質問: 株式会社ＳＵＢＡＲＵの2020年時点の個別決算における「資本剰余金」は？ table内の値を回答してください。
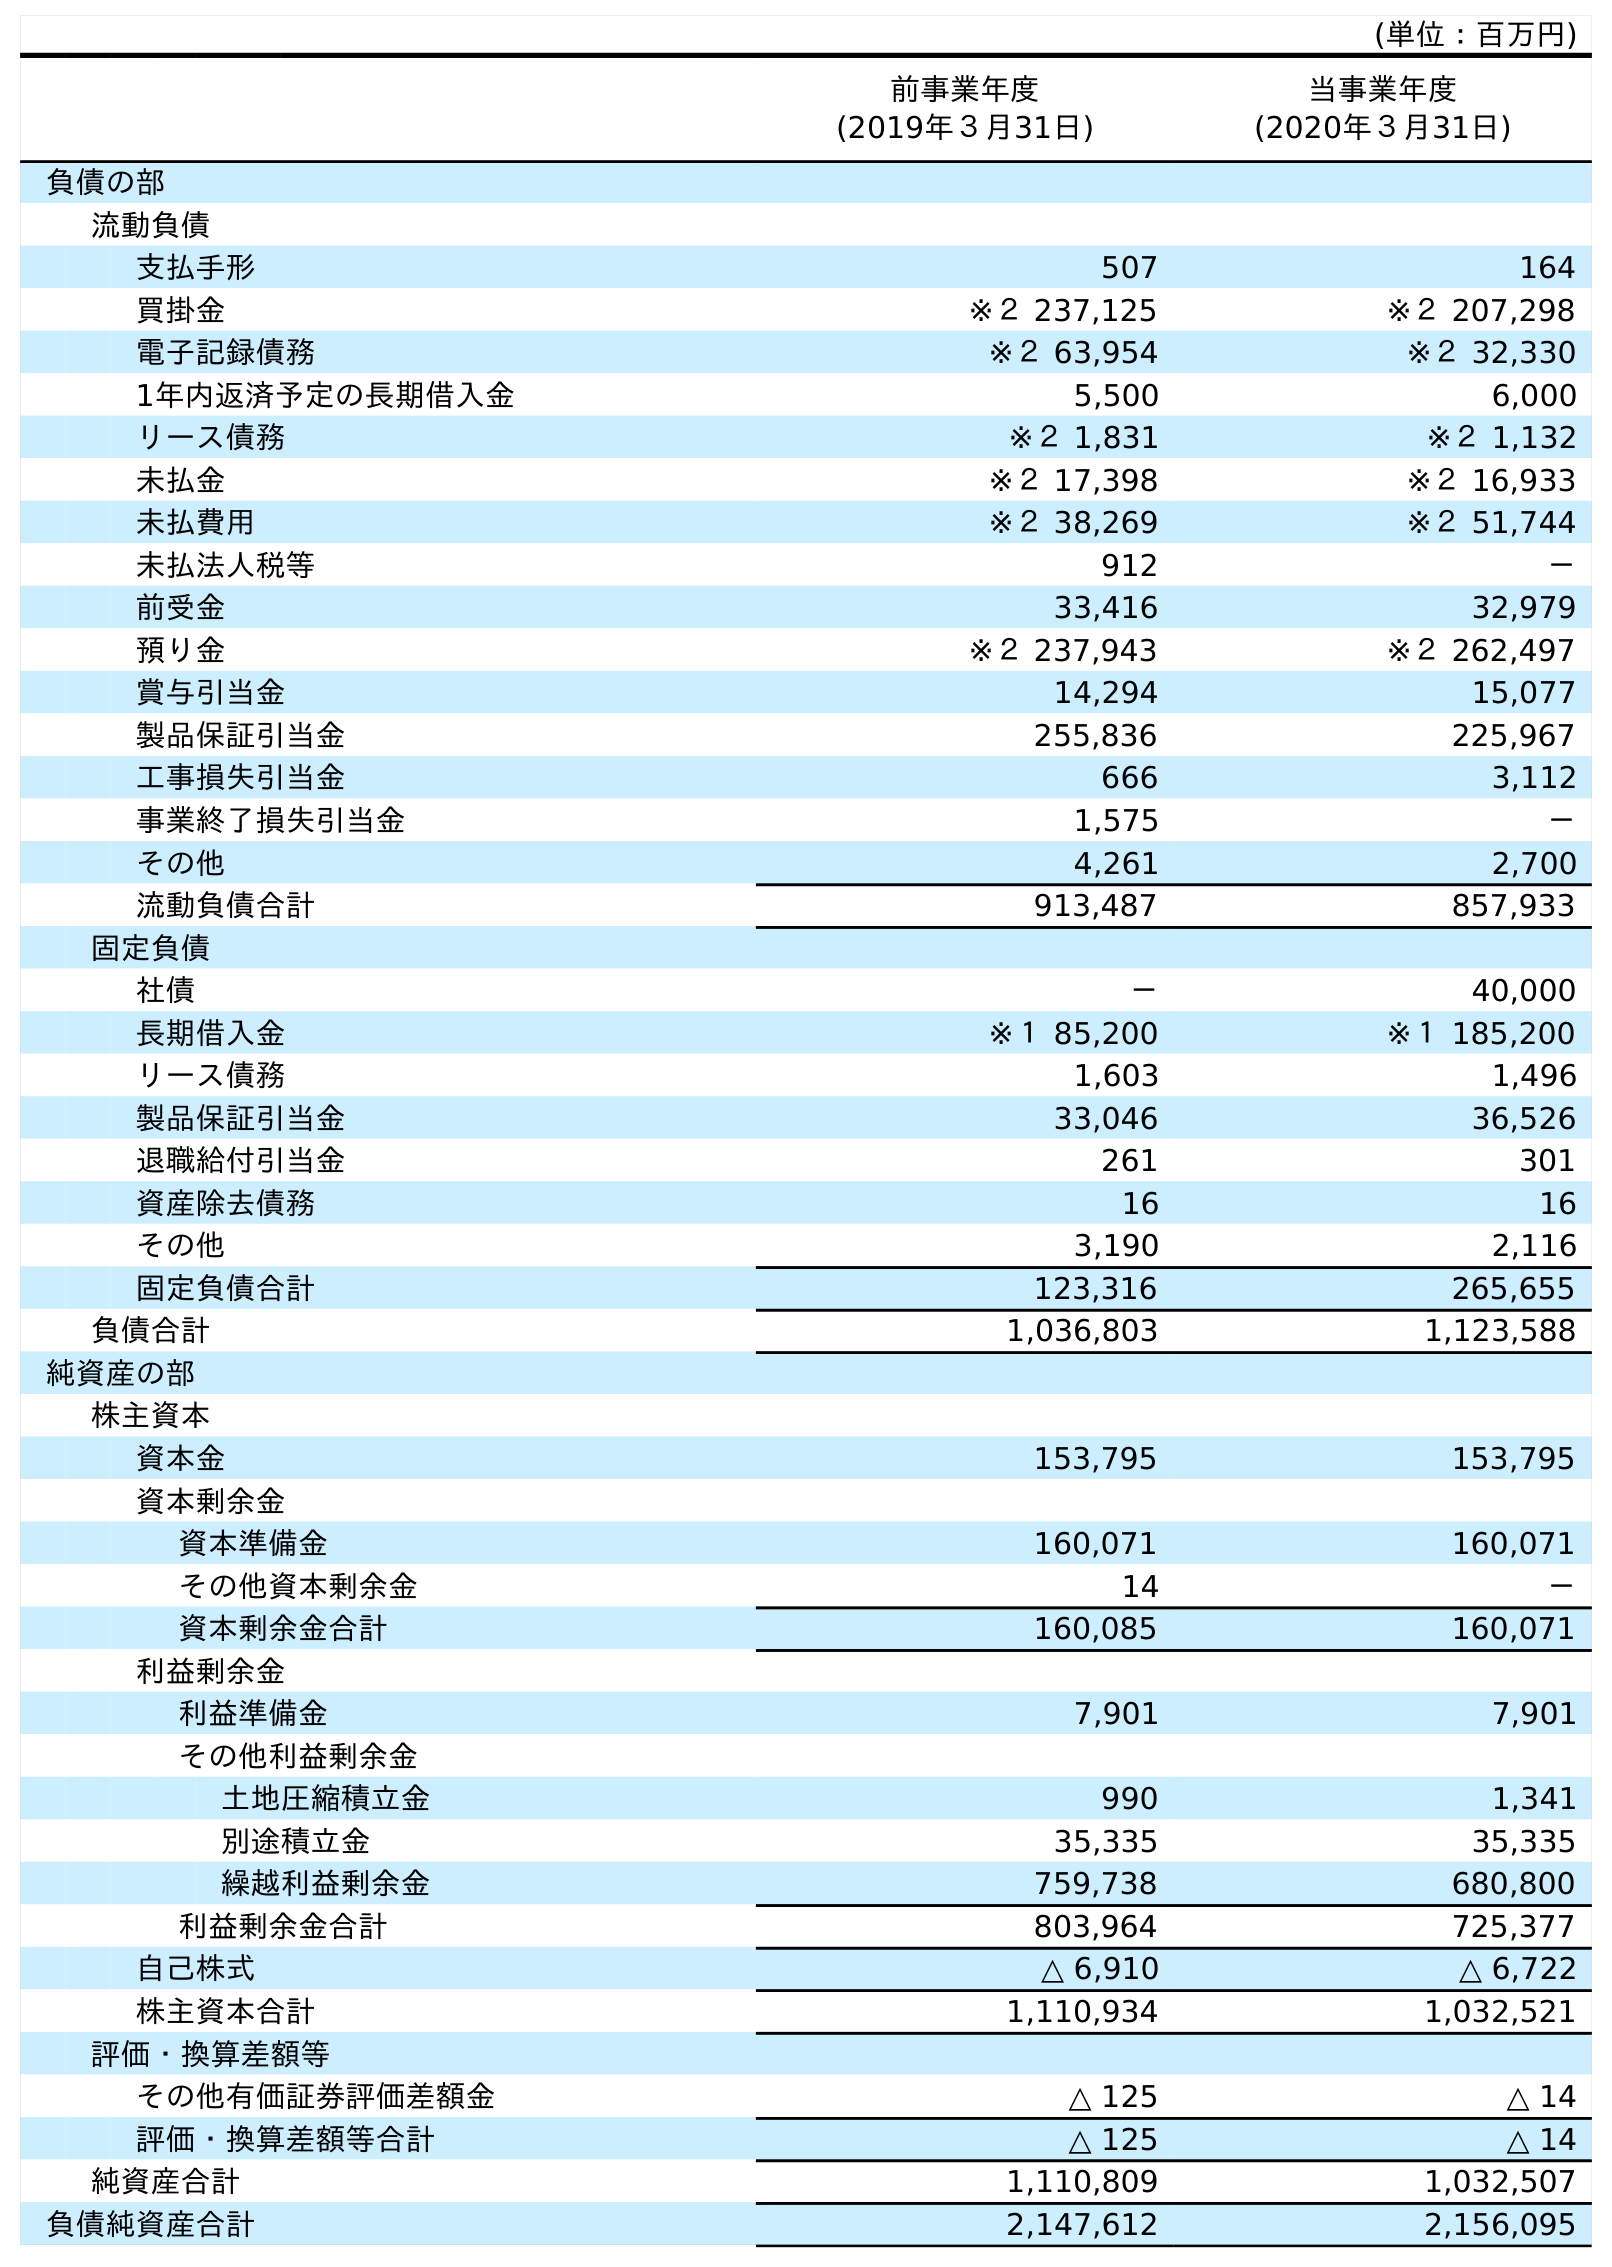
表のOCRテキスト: (単位：百万円) 前事業年度 (2019年３月31日) 当事業年度 (2020年３月31日) 負債の部 流動負債 支払手形 507 164 買掛金 ※２ 237,125 ※２ 207,298 電子記録債務 ※２ 63,954 ※２ 32,330 1年内返済予定の長期借入金 5,500 6,000 リース債務 ※２ 1,831 ※２ 1,132 未払金 ※２ 17,398 ※２ 16,933 未払費用 ※２ 38,269 ※２ 51,744 未払法人税等 912 － 前受金 33,416 32,979 預り金 ※２ 237,943 ※２ 262,497 賞与引当金 14,294 15,077 製品保証引当金 255,836 225,967 工事損失引当金 666 3,112 事業終了損失引当金 1,575 － その他 4,261 2,700 流動負債合計 913,487 857,933 固定負債 社債 － 40,000 長期借入金 ※１ 85,200 ※１ 185,200 リース債務 1,603 1,496 製品保証引当金 33,046 36,526 退職給付引当金 261 301 資産除去債務 16 16 その他 3,190 2,116 固定負債合計 123,316 265,655 負債合計 1,036,803 1,123,588 純資産の部 株主資本 資本金 153,795 153,795 資本剰余金 資本準備金 160,071 160,071 その他資本剰余金 14 － 資本剰余金合計 160,085 160,071 利益剰余金 利益準備金 7,901 7,901 その他利益剰余金 土地圧縮積立金 990 1,341 別途積立金 35,335 35,335 繰越利益剰余金 759,738 680,800 利益剰余金合計 803,964 725,377 自己株式 △ 6,910 △ 6,722 株主資本合計 1,110,934 1,032,521 評価・換算差額等 その他有価証券評価差額金 △ 125 △ 14 評価・換算差額等合計 △ 125 △ 14 純資産合計 1,110,809 1,032,507 負債純資産合計 2,147,612 2,156,095
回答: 160,071